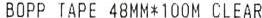
BOPP TAPE 48MM*100M CLEAR